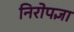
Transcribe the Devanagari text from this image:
निरोपज्ञा